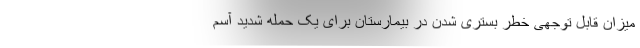
میزان قابل توجهی خطر بستری شدن در بیمارستان برای یک حمله شدید آسم